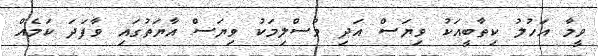
ވީމާ އަހުލު ކިތާބީއަކު ވިޔަސް އަދި މުސްލިމަކު ވިޔަސް އާޔަތުގައި ވާފަދަ ކަމެއް